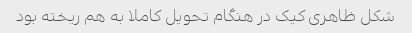
شکل ظاهری کیک در هنگام تحویل کاملا به هم ریخته بود